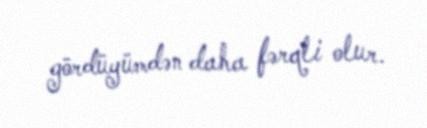
gördüyümdən daha fərqli olur.